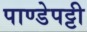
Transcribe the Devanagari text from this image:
पाण्डेपट्टी